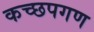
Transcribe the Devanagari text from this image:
कच्छपगण